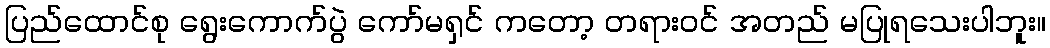
ပြည်ထောင်စု ရွေးကောက်ပွဲ ကော်မရှင် ကတော့ တရားဝင် အတည် မပြုရသေးပါဘူး။